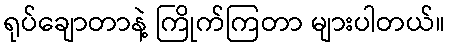
ရုပ်ချောတာနဲ့ ကြိုက်ကြတာ များပါတယ်။